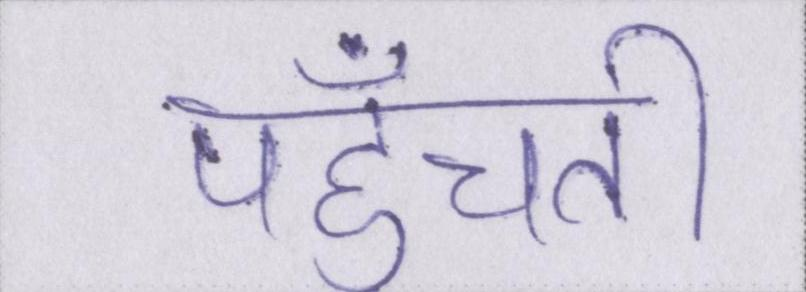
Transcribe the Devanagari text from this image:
पहुँचती